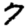
Digit: 7